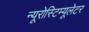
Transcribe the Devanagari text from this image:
न्यूरोस्टिम्यूलेटर